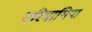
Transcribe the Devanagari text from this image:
एरिमाथिया